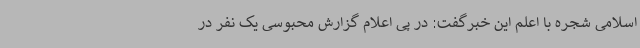
اسلامی شجره با اعلم این خبرگفت: در پی اعلام گزارش محبوسی یک نفر در